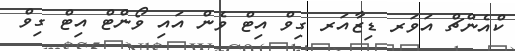
ކްއެންޗް އަވަރ ޑިޒާއަރ ގިވް އިޓް ވެން އައި ވޯންޓް އިޓް ގިވް